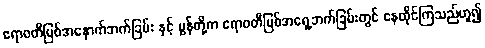
ဧရာဝတီမြစ်အနောက်ဘက်ခြမ်း နှင့် မွန်တို့က ဧရာဝတီမြစ်အရှေ့ဘက်ခြမ်းတွင် နေထိုင်ကြသည်ဟူ၍